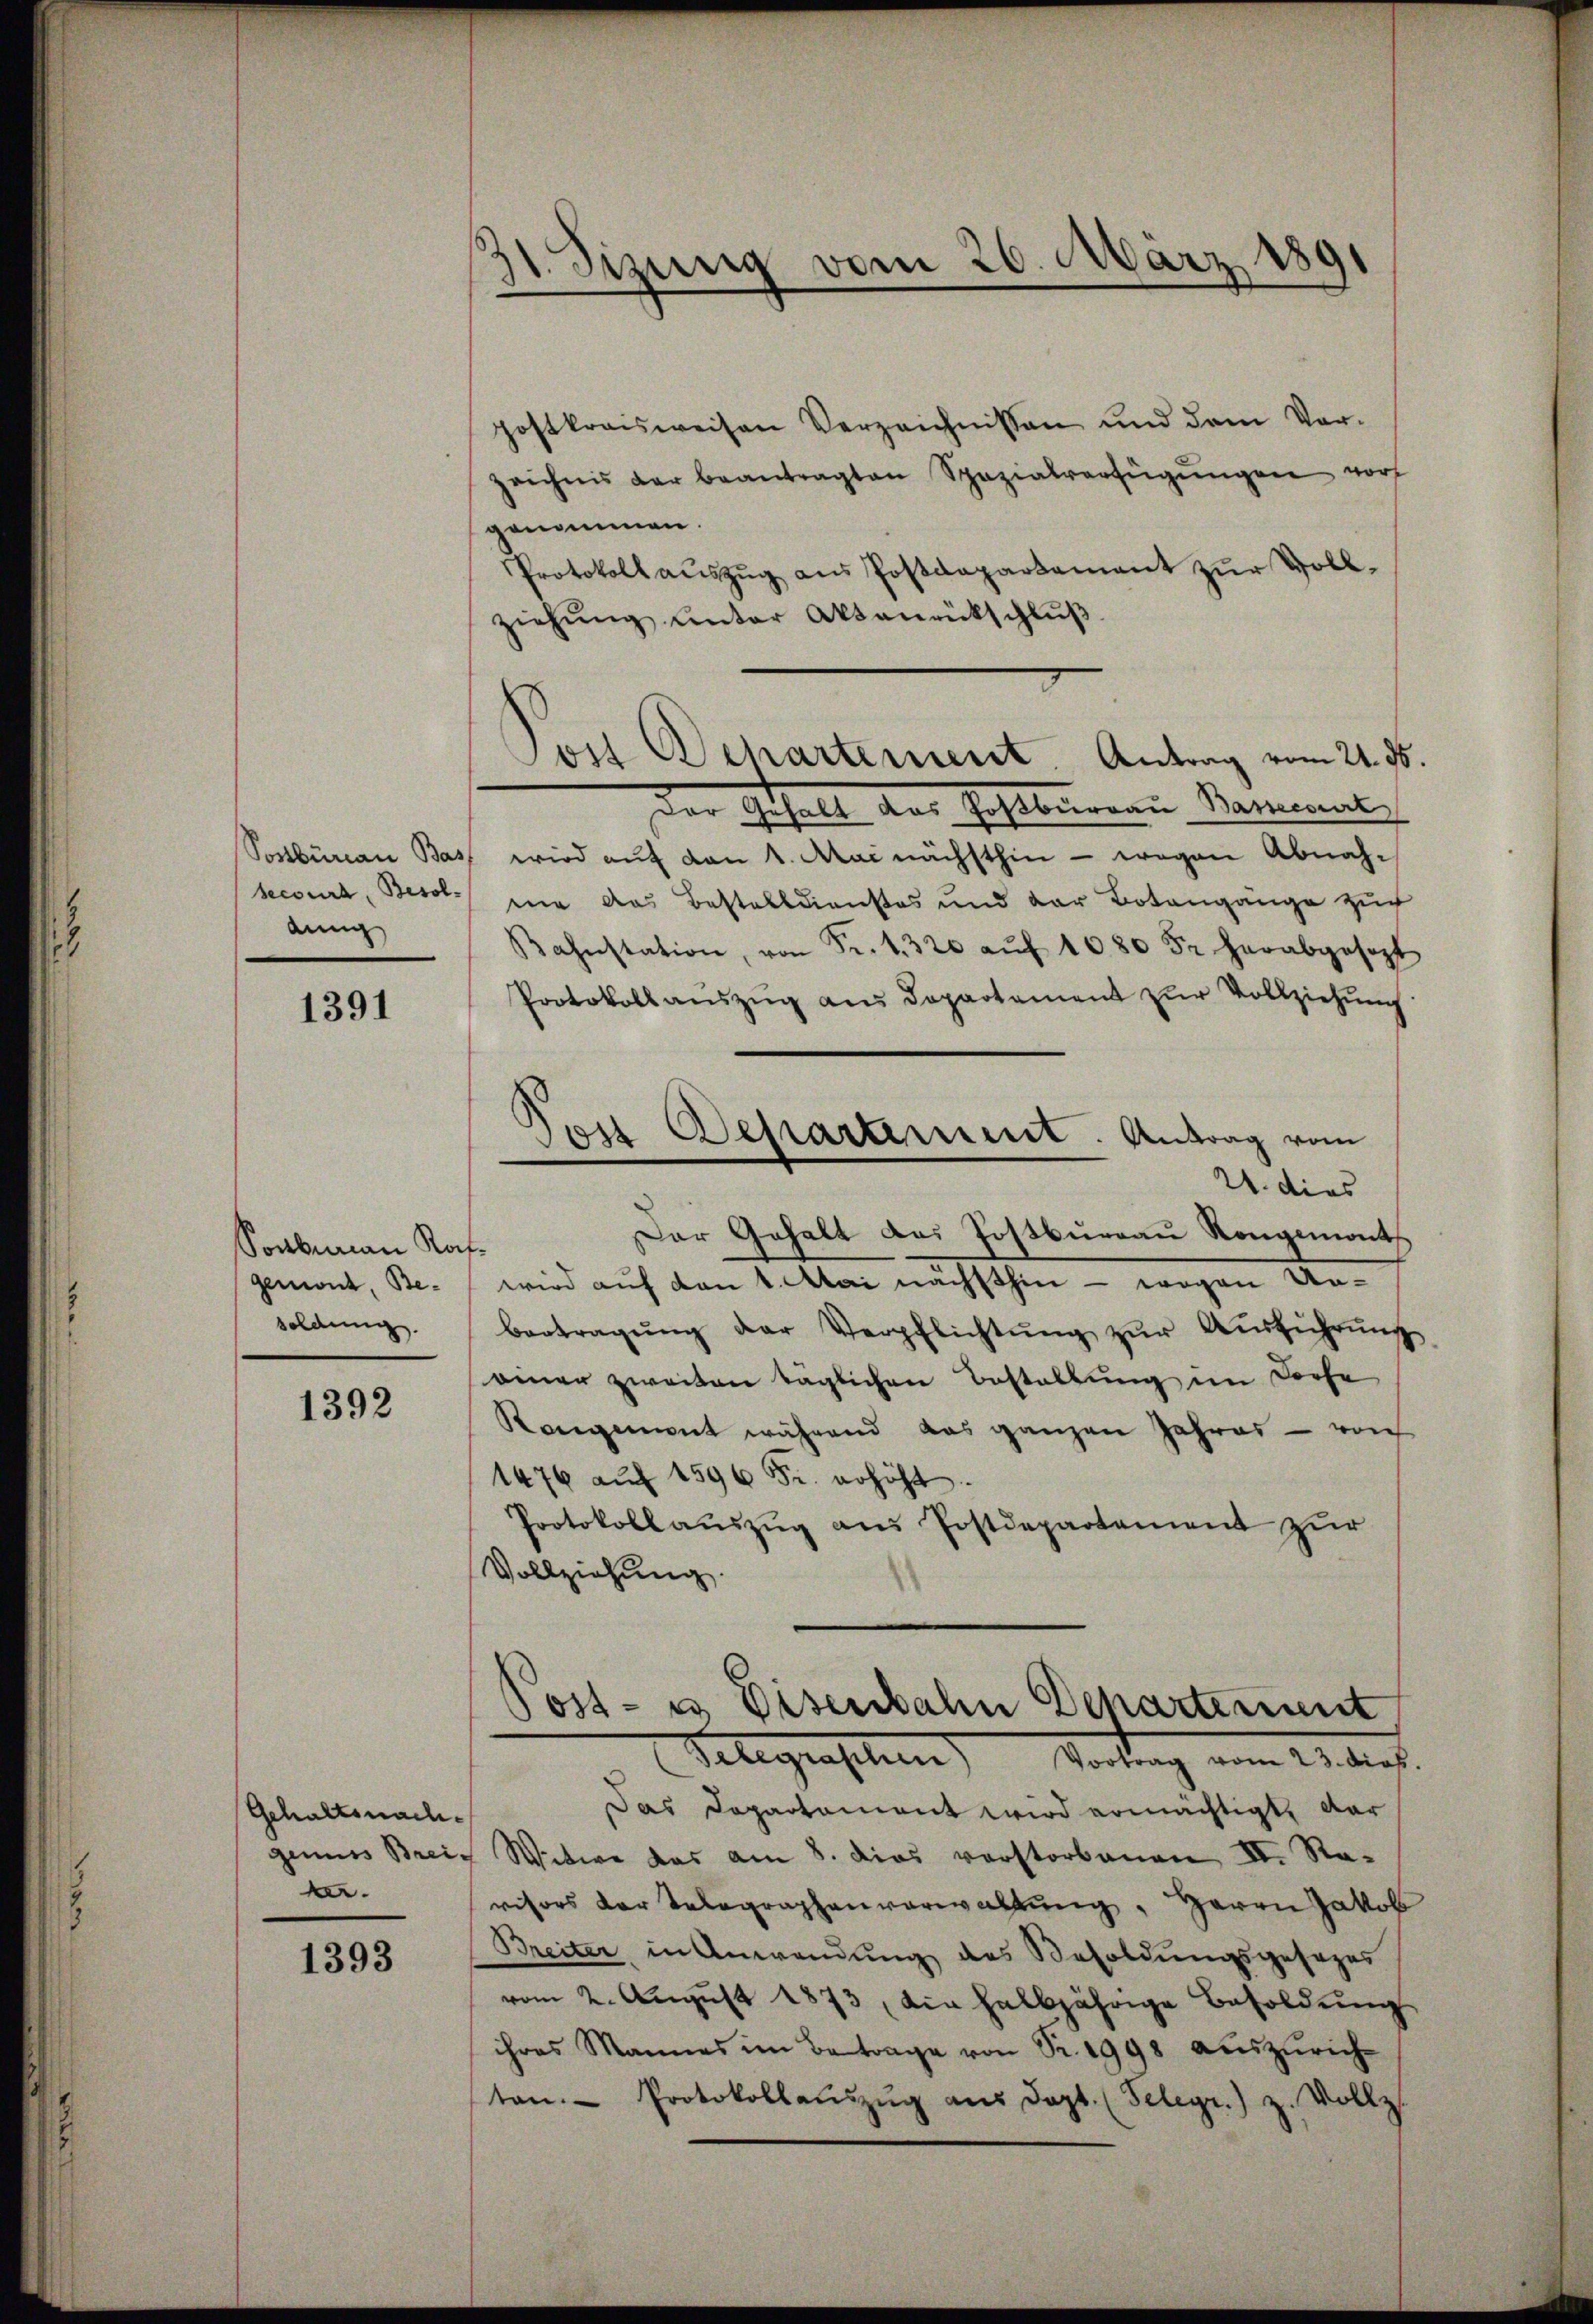
Postburian Bas
secoura, Besol
dung

1391

Sonbenan Rat
gemont, Besoldung.

1392

Gehaltsnachgenus Breira.

1393

31. Sizung vom 26. März 1891
d

postkreisweisen Verzeichnissen und dem Vor-
zeichnis der beantragten Spezialverfügŭngen wor
genommen.
Protokoll auszug aus Postdepartement zur Vollziehŭng ŭnter Aktenrückschlŭβ
Der Gehalt des Pestamenen Nament
wird aŭf den 1. Mai nächsthin - wegen Abnahnne das Bestelldienstes und der Botangange zŭr
Bahnstation, von Fr. 1. 320 aŭf 1080 Fr. herabgesezt
Protokoll aŭszŭg ans Departement zŭr Vollziehŭng
Dois Departement. Antrag vom
24. dies
Der Gehalt das Postbureau Rongemonts
.
wird auf den 1. Mai nächsthin - wegen Unbertragŭng der Verpflichtŭng zŭr Aŭsführŭng
einer zweiten täglichen Bestellung im Dorfe
Rangenet während das ganzen Jahres - von
1476 aŭf 1596 Fr. erhöht.
Protokoll aŭszŭg ans Postdepartement zur
Vollziehung.

Jost Departement. Antrag vom 21. ds.

Post- u Eisenbahn Departement
Gelegraphen) Vortrag vom 23. dies.

Das Departement wird ermächtigt, dar
Witwe das am 8. dies verstorbenen II. Ravisors der Telegraphenverwaltŭng, Herrn Jakob
Breiter in Anwendung des Besoldungsgesages
vom 2. Aŭgŭst 1873, die halbjährige Besoldŭng
ihres Mannes im Betrage von Sr. 1998 aŭszŭrich-
tan. Protokollaŭszŭg aŭs Dopt. (Selegr.) z. Vollz